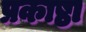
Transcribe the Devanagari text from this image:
प्रकाष्ठा